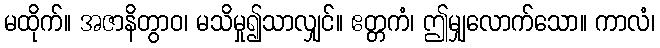
မထိုက်။ အဇာနိတွာဝ၊ မသိမှု၍သာလျှင်။ ဧတ္တကံ၊ ဤမျှလောက်သော။ ကာလံ၊